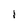
Character: I